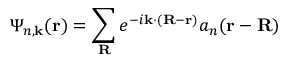
\Psi _ { n , \mathbf { k } } ( \mathbf { r } ) = \sum _ { \mathbf { R } } e ^ { - i \mathbf { k } \cdot ( \mathbf { R - r } ) } a _ { n } ( \mathbf { r - R } )